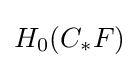
H_{0}(C_{*}F)